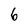
Character: 6